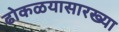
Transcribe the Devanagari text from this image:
ढोकळयासारख्या